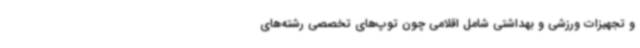
و تجهیزات ورزشی و بهداشتی شامل اقلامی چون توپ‌های تخصصی رشته‌های